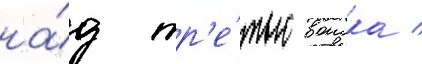
на́д тр'е́тью воиска /